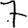
Digit: 7